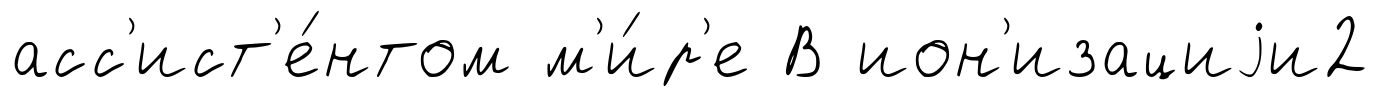
асс'ист'е́нтом м'и́р'е В ион'изациjи2